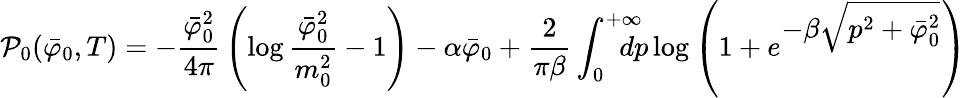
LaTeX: {\cal P}_{0}(\bar{\varphi}_{0},T)=-{\frac{\bar{\varphi}_{0}^{2}}{4\pi}}\left(\log{\frac{\bar{\varphi}_{0}^{2}}{m_{0}^{2}}}-1\right)-\alpha\bar{\varphi}_{0}+{\frac{2}{\pi\beta}}\int_{0}^{+\infty}\! \! \! \! \! \! {dp}\log\left(1+e^{\displaystyle-\beta\sqrt{p^{2}+\bar{\varphi}_{0}^{2}}}\right)